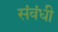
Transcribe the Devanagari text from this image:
संवंधी